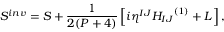
S ^ { i n v } = S + \frac { 1 } { 2 ( P + 4 ) } \left[ i { \eta } ^ { I J } { H _ { I J } } ^ { ( 1 ) } + L \right] ,